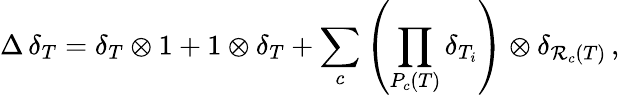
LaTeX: \Delta\, \delta_{T}=\delta_{T}\otimes1+1\otimes\delta_{T}+\sum_{c}\left(\prod_{P_{c}(T)}\delta_{T_{i}}\right)\otimes\delta_{\mathcal{R}_{c}(T)}\, ,